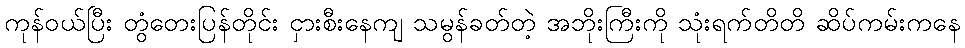
ကုန်ဝယ်ပြီး တွံတေးပြန်တိုင်း ငှားစီးနေကျ သမွန်ခတ်တဲ့ အဘိုးကြီးကို သုံးရက်တိတိ ဆိပ်ကမ်းကနေ